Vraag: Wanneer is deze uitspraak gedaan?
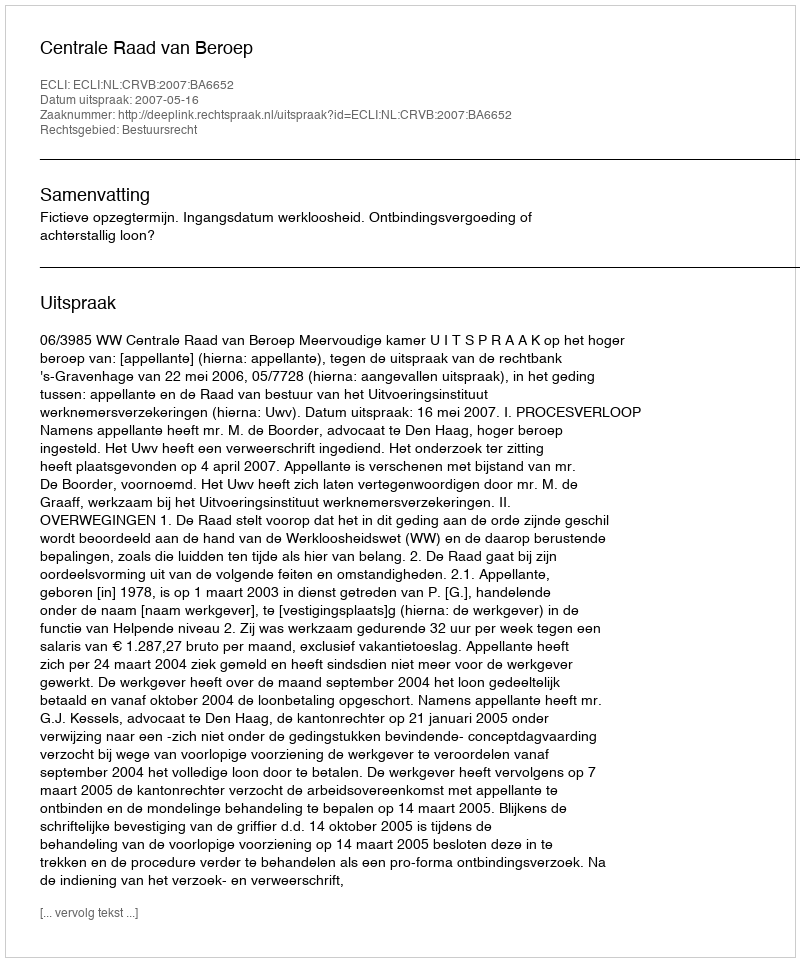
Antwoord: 2007-05-16